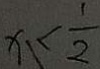
x \leq \frac { 1 } { 2 }